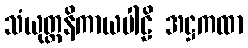
သံယုတ္တနိကာယပါဠိ အဋ္ဌကထာ